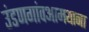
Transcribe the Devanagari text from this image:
उंडणगांवआमथाना